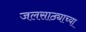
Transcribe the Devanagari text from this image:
जलसाठ्याच्या